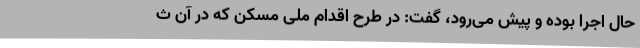
حال اجرا بوده و پیش می‌رود، گفت: در طرح اقدام ملی مسکن که در آن ث